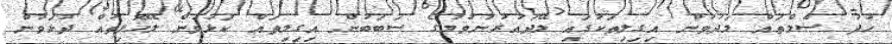
ހުދު ސެލްތައް މަދުވުން އިގިލިތަކުގައި ލޭދައުރުނުވުމުގެ ސަބަބުން އިގިލިތައް ކަޅުވުން ލޭހޮޅިތައް ދުޅަވުން